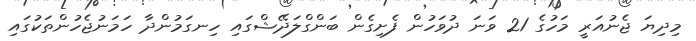
މިދިޔަ ޖެނުއަރީ މަހުގެ 21 ވަނަ ދުވަހުން ފެށިގެން ބަންގްލަދޭޝްގައި ހިނގަމުންދާ ހަމަނުޖެހުންތަކުގައި